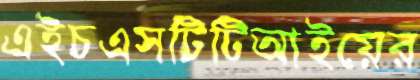
এইচএসটিটিআইয়ের